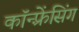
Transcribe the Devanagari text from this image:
कॉन्फ़्रेंसिंग